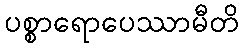
ပစ္စာရောပေဿာမီတိ